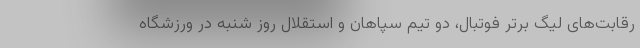
رقابت‌های لیگ برتر فوتبال، دو تیم سپاهان و استقلال روز شنبه در ورزشگاه